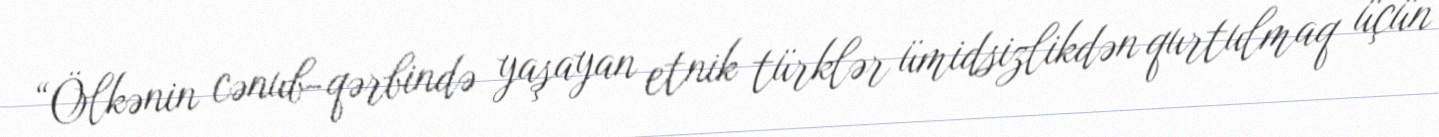
“Ölkənin cənub-qərbində yaşayan etnik türklər ümidsizlikdən qurtulmaq üçün